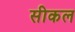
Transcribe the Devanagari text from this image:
सीकल